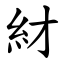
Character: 䊷